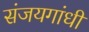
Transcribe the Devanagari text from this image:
संजयगांधी